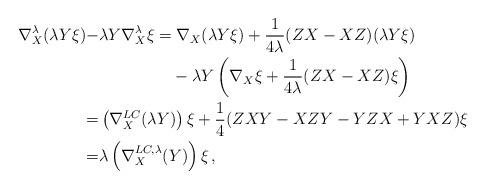
LaTeX: \begin{align*}\nabla^\lambda_X(\lambda Y \xi)-&\lambda Y \nabla^\lambda_X\xi=\nabla_X(\lambda Y \xi)+\frac{1}{4\lambda}(Z X-XZ)(\lambda Y \xi)\\&\phantom{\lambda Y \nabla^\lambda_X\xi=}-\lambda Y \left(\nabla_X\xi+\frac{1}{4\lambda}(Z X-XZ)\xi\right)\\=&\left(\nabla^{LC}_X(\lambda Y)\right)\xi+\frac14(ZXY-XZY-YZX+YXZ)\xi\\=&\lambda\left(\nabla^{LC,\lambda}_X(Y)\right)\xi\,,\end{align*}